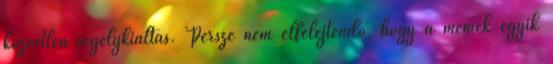
közvetlen segélykiáltás. Persze nem elfelejtendő, hogy a mémek egyik